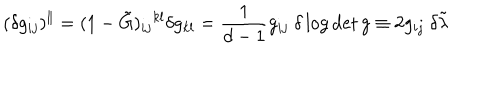
LaTeX: ( \delta g _ { i j } ) ^ { \Vert } = ( 1 - \tilde { G } ) _ { i j } { } ^ { k l } \delta g _ { k l } = \frac { 1 } { d - 1 } g _ { i j } \ \delta \log \det g \equiv 2 g _ { i j } \ \delta \tilde { \lambda }